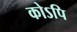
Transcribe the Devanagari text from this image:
कोऽपि